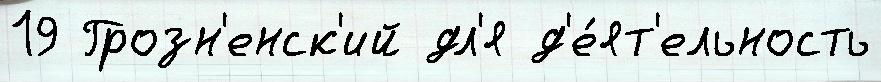
19 Грозн'енск'ий дл'я д'е́ят'ельность